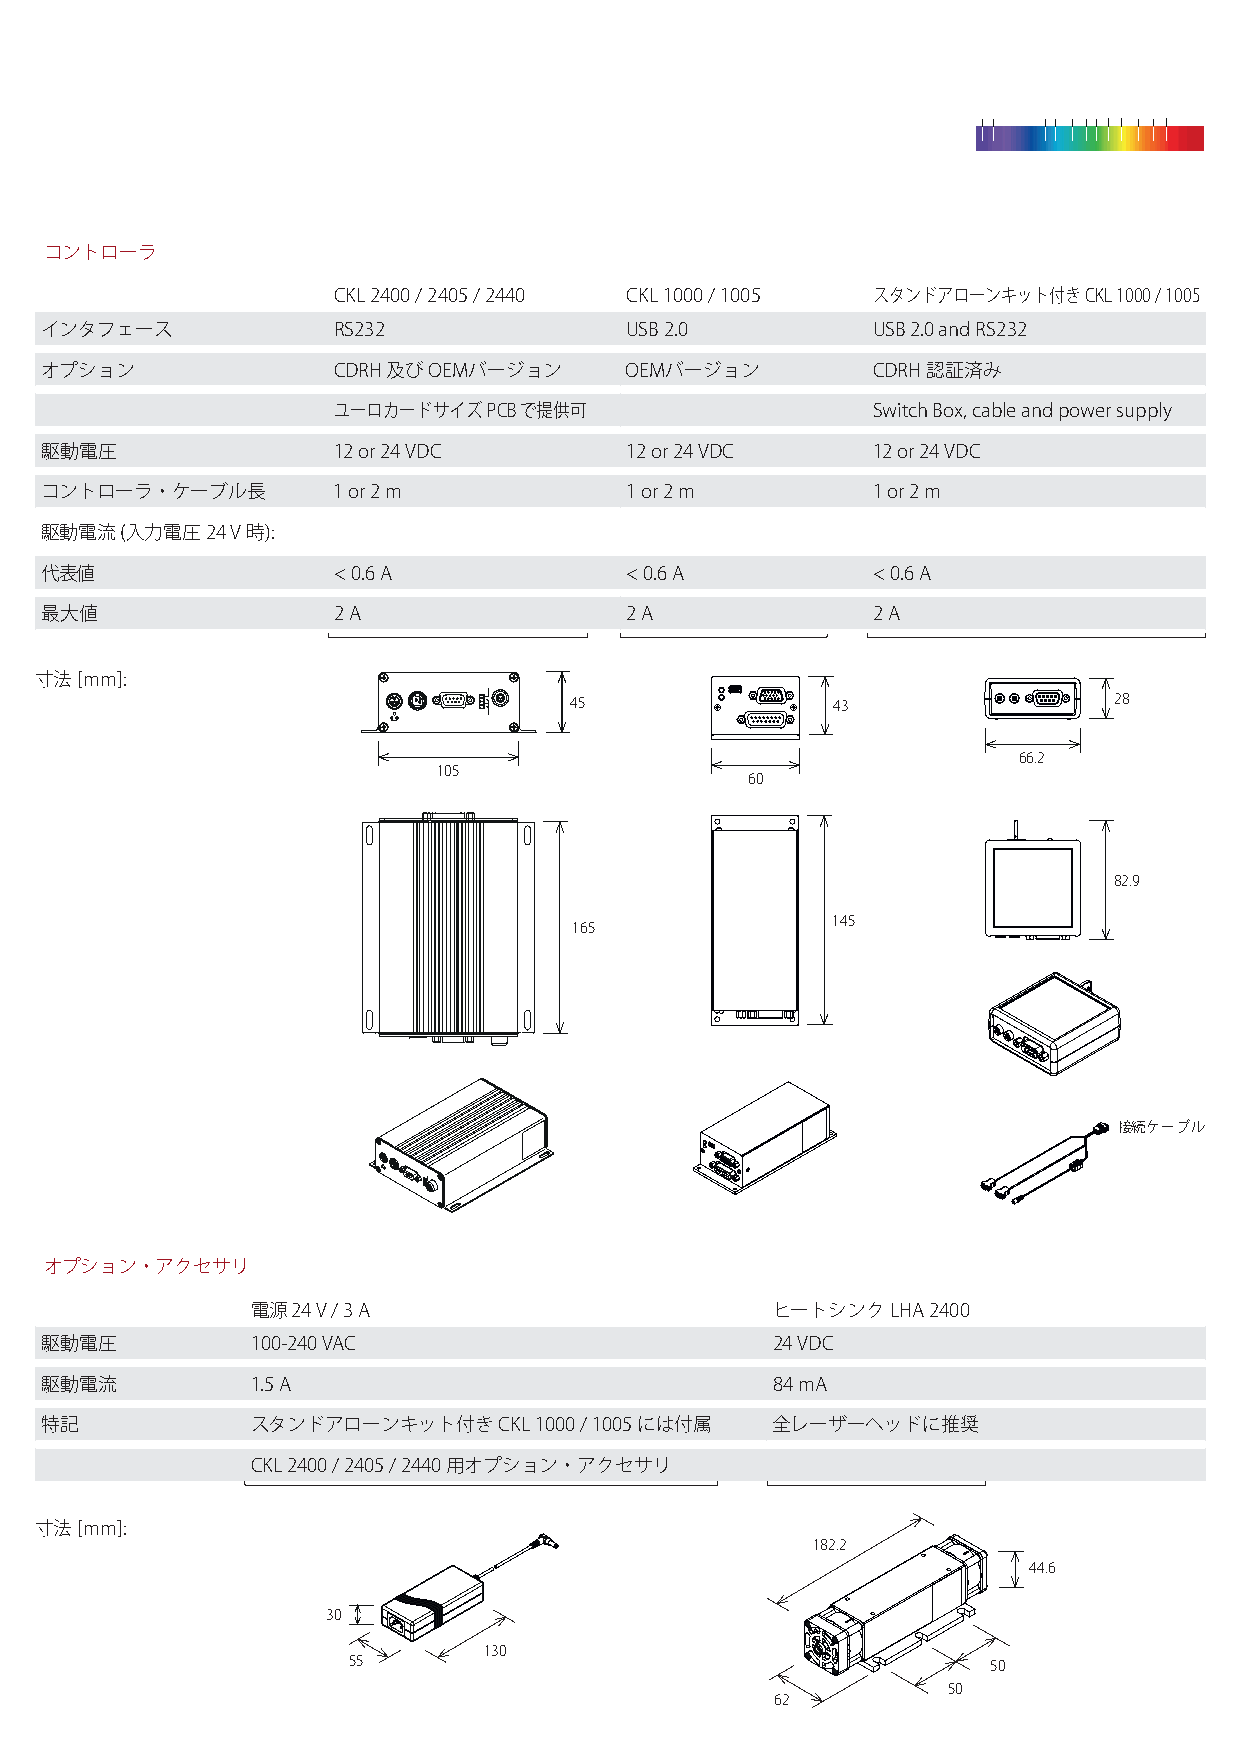
コントローラ
 CKL 2400 / 2405 / 2440 CKL 1000 / 1005 スタンドアローンキット付き CKL 1000 / 1005
 インタフェース            RS232              USB 2.0          USB 2.0 and RS232
 オプション              CDRH 及び OEMバージョン   OEMバージョン         CDRH 認証済み
 ユーロカードサイズ PCB で提供可                  Switch Box, cable and power supply
 駆動電圧               12 or 24 VDC       12 or 24 VDC     12 or 24 VDC
 コントローラ・ケーブル長       1 or 2 m           1 or 2 m         1 or 2 m
 駆動電流 (入力電圧 24 V 時):
 代表値                < 0.6 A            < 0.6 A          < 0.6 A
 最大値                2 A                2 A              2 A
 寸法 [mm]:
 45               43                 28
 66.2
 105
 60
 82.9
 145
 165
 接続ケーブル
 オプション・アクセサリ
 電源 24 V / 3 A                     ヒートシンク  LHA 2400
 駆動電圧          100-240 VAC                       24 VDC
 駆動電流          1.5 A                             84 mA
 特記            スタンドアローンキット付き   CKL 1000 / 1005 には付属 全レーザーヘッドに推奨
 CKL 2400 / 2405 / 2440 用オプション・アクセサリ
 寸法 [mm]:
 182.2
 44.6
 30
 130
 55                                         50
 50
 62